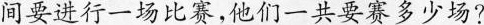
间要进行一场比赛，他们一共要赛多少场?